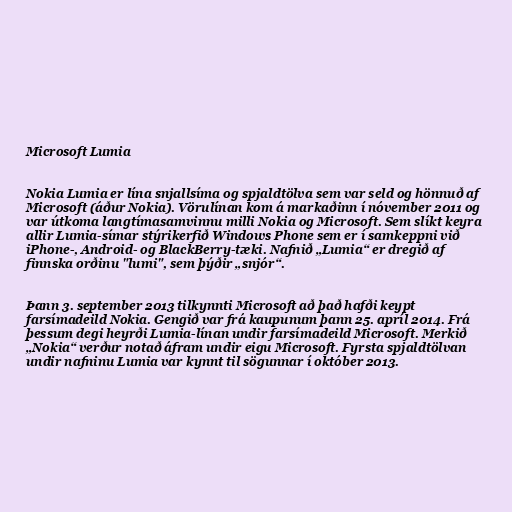
Microsoft Lumia

Nokia Lumia er lína snjallsíma og spjaldtölva sem var seld og hönnuð af
Microsoft (áður Nokia). Vörulínan kom á markaðinn í nóvember 2011 og
var útkoma langtímasamvinnu milli Nokia og Microsoft. Sem slíkt keyra
allir Lumia-símar stýrikerfið Windows Phone sem er í samkeppni við
iPhone-, Android- og BlackBerry-tæki. Nafnið „Lumia“ er dregið af
finnska orðinu "lumi", sem þýðir „snjór“.

Þann 3. september 2013 tilkynnti Microsoft að það hafði keypt
farsímadeild Nokia. Gengið var frá kaupunum þann 25. apríl 2014. Frá
þessum degi heyrði Lumia-línan undir farsímadeild Microsoft. Merkið
„Nokia“ verður notað áfram undir eigu Microsoft. Fyrsta spjaldtölvan
undir nafninu Lumia var kynnt til sögunnar í október 2013.